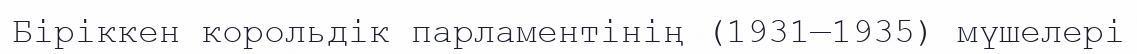
Біріккен корольдік парламентінің (1931—1935) мүшелері